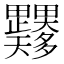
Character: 𭻼